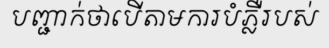
បញ្ជាក់ថាបើតាមការបំភ្លឺរបស់